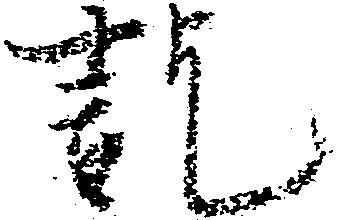
訖